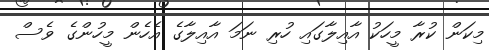
މިކަން ކުރާ މީހަކު އާއިލާގައި ހުރި ނަމަ އާއިލާގެ އެހެން މީހުންގެ ވެސް